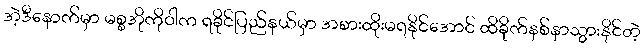
အဲ့ဒီနောက်မှာ မစ္စအိုကိုဝါက ရခိုင်ပြည်နယ်မှာ အစားထိုးမရနိုင်အောင် ထိခိုက်နစ်နာသွားနိုင်တဲ့